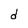
Character: d